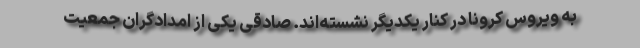
به ویروس کرونا در کنار یکدیگر نشسته‌اند. صادقی یکی از امدادگران جمعیت